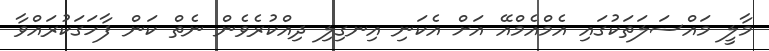
މާލީ މައްސަލަތަކުގައި އެމްއެމްއޭ އަށް އެކަނި އިނގިލި ދިއްކުރެވެން ނެތް ކަން ފާހަގަކުރައްވާ